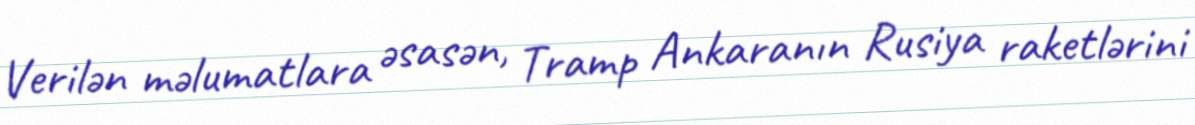
Verilən məlumatlara əsasən, Tramp Ankaranın Rusiya raketlərini